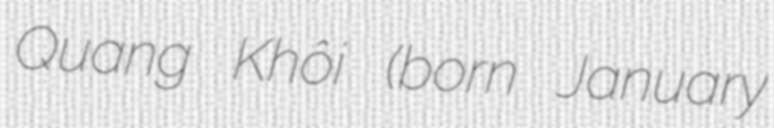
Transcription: Quang Khôi (born January